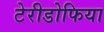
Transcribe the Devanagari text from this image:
टेरीडोफिया